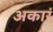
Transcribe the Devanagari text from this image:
अकारं